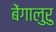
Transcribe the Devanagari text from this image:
बेंगालुरु